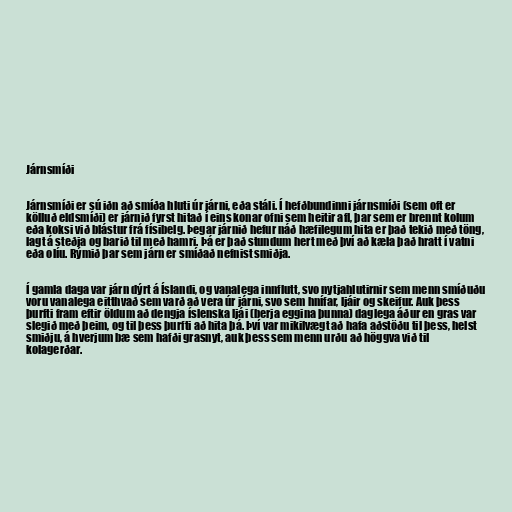
Járnsmíði

Járnsmíði er sú iðn að smíða hluti úr járni, eða stáli. Í hefðbundinni járnsmíði (sem oft er
kölluð eldsmíði) er járnið fyrst hitað í eins konar ofni sem heitir afl, þar sem er brennt kolum
eða koksi við blástur frá físibelg. Þegar járnið hefur náð hæfilegum hita er það tekið með töng,
lagt á steðja og barið til með hamri. Þá er það stundum hert með því að kæla það hratt í vatni
eða olíu. Rýmið þar sem járn er smíðað nefnist smiðja.

Í gamla daga var járn dýrt á Íslandi, og vanalega innflutt, svo nytjahlutirnir sem menn smíðuðu
voru vanalega eitthvað sem varð að vera úr járni, svo sem hnífar, ljáir og skeifur. Auk þess
þurfti fram eftir öldum að dengja íslenska ljái (berja eggina þunna) daglega áður en gras var
slegið með þeim, og til þess þurfti að hita þá. Því var mikilvægt að hafa aðstöðu til þess, helst
smiðju, á hverjum bæ sem hafði grasnyt, auk þess sem menn urðu að höggva við til
kolagerðar.